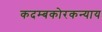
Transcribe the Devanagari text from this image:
कदम्बकोरकन्याय